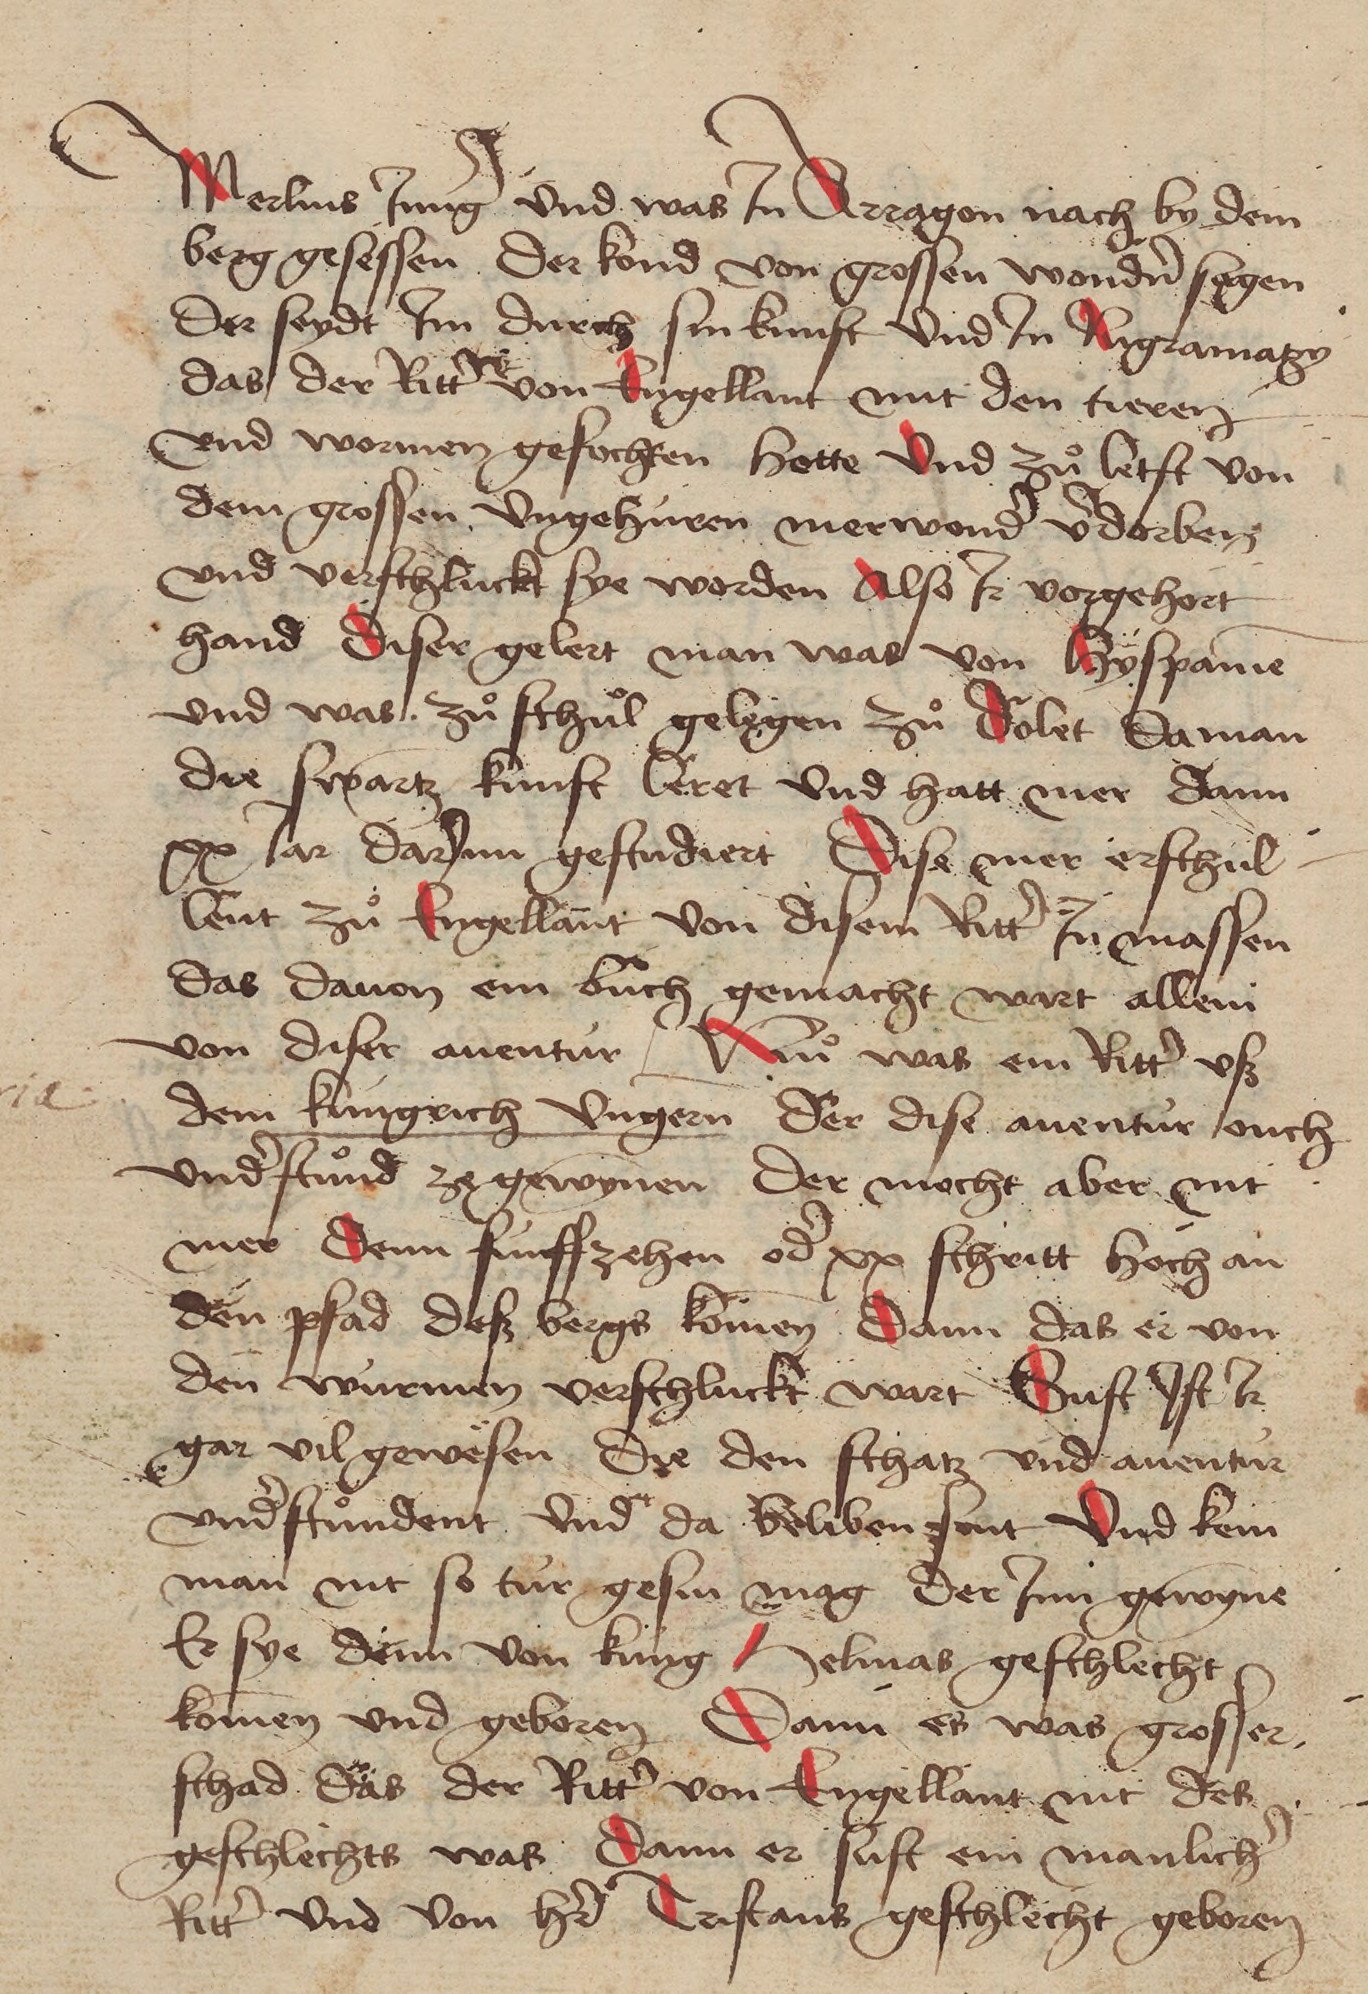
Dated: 1471–1471